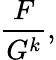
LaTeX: {\frac{F}{G^{k}}},